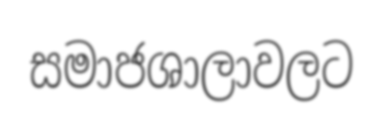
සමාජශාලාවලට